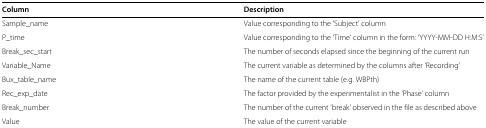
| Column | Description |
 | --- | --- |
 | Sample_name | Value corresponding to the ‘Subject’ column |
 | P_time | Value corresponding to the ‘Time’ column in the form: ‘YYYY-MM-DD H:M:S’ |
 | Break_sec_start | The number of seconds elapsed since the beginning of the current run |
 | Variable_Name | The current variable as determined by the columns after ‘Recording’ |
 | Bux_table_name | The name of the current table (e.g. WBPth) |
 | Rec_exp_date | The factor provided by the experimentalist in the ‘Phase’ column |
 | Break_number | The number of the current ‘break’ observed in the file as described above |
 | Value | The value of the current variable |